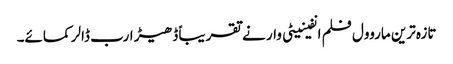
تازہ ترین ماروول فلم انفینیٹی وار نے تقریباً ڈھیڑ ارب ڈالر کمائے۔